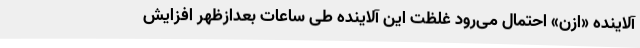
آلاینده «ازن» احتمال می‌رود غلظت این آلاینده طی ساعات بعدازظهر افزایش